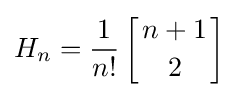
H_{n}={\frac {1}{n!}}\left[{n+1 \atop 2}\right]